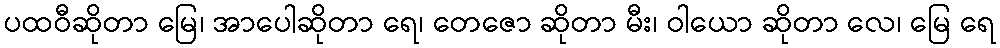
ပထဝီဆိုတာ မြေ၊ အာပေါဆိုတာ ရေ၊ တေဇော ဆိုတာ မီး၊ ဝါယော ဆိုတာ လေ၊ မြေ ရေ